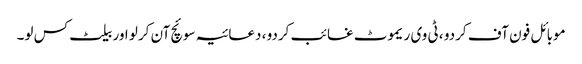
موبائل فون آف کردو ، ٹی وی ریموٹ غائب کردو ، دعائیہ سوئچ آن کرلو اور بیلٹ کس لو۔